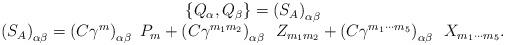
LaTeX: \begin{align*}\begin{array}{c}\left\{ Q_\alpha ,Q_\beta \right\} =\left( S_A\right) _{\alpha \beta } \\ \left( S_A\right) _{\alpha \beta }=\left( C\gamma ^m\right) _{\alpha \beta}\,\,P_m+\left( C\gamma ^{m_1m_2}\right) _{\alpha \beta}\,\,\,Z_{m_1m_2}+\left( C\gamma ^{m_1\cdots m_5}\right) _{\alpha \beta}\,\,\,X_{m_1\cdots m_5}.\end{array}\end{align*}